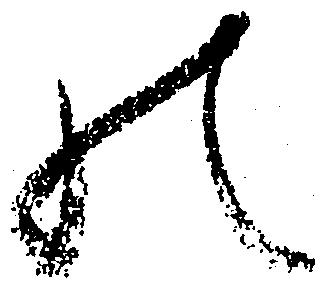
の